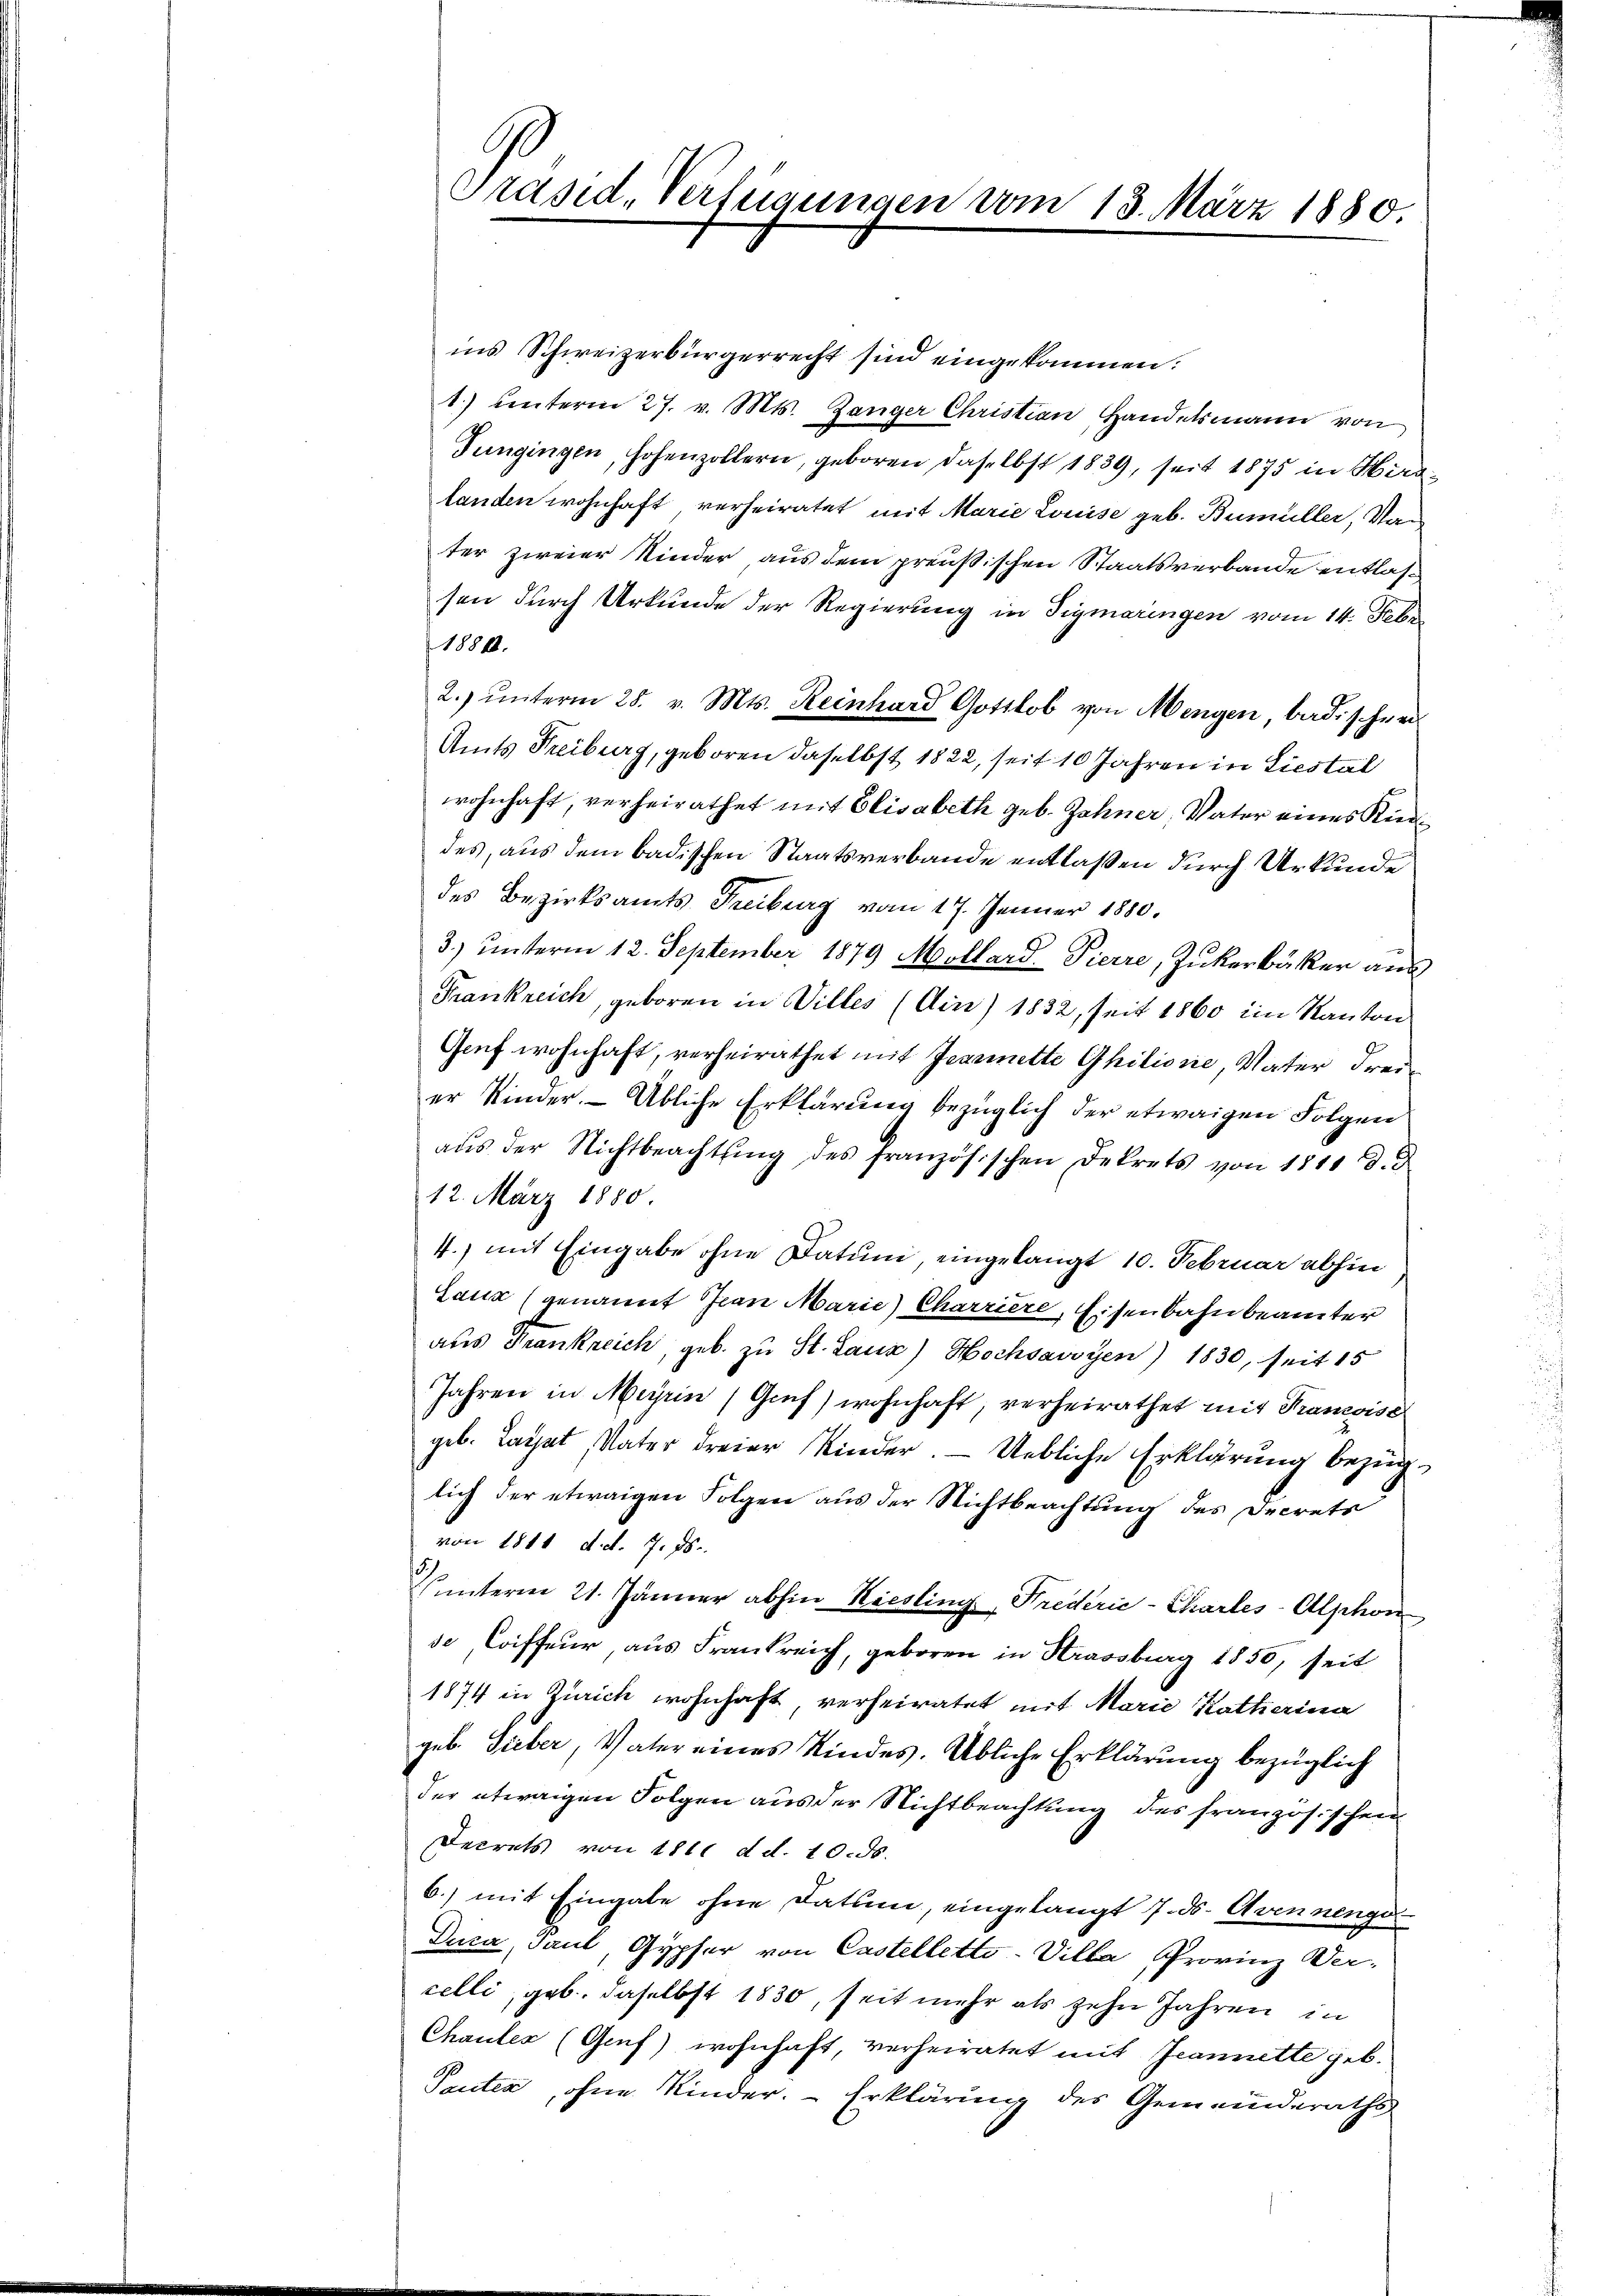
s
Präsid. Verfügungen vom 13. März 1880.

ins Schweizerbürgerrecht sind eingekommen.
1) unterm 27. v. Mts. Zanger Christian Handelsmann von
Jungingen, hohenzollern, geboren daselbst 1839, seit 1875 in Hirslanden wohnhaft verheiratet mit Marie Louise geb. Bumüller, Van
ter zweier Kinder aus dem preußischen Staatsverbande entlassen durch Urkunde der Regierung in Sigmaringen vom 14. Febr.
1888.
2. ŭnterm 28. v. Mts. Reinhard Gottlob von Mengen badischer
Amts Freiburg, geboren daselbst 1822, seit 10 Jahren in Liestal
wohnhaft, verheirathet mit Elisabeth geb. Zahner, Vater eines Kinddes, aus dem badischen Staatsverbande entlaßen durch Urkunde
des Bezirksamts Freiberg vom 17. Jenner 1880.
3) unterm 12. September 1879 Mollard-Pierre, Zukerbäcker aus
Frankreich, geboren in Villes (Ain) 1832, seit 1860 im Kanton
Genf wohnhaft, verheirathet mit Jesumette Ghilisire, Vater Freier Kinder. Übliche Erklärung bezüglich der etwaigen Folgen
aŭs der Nichtbeachtŭng des französischen Dekrets von 1811 d. d.
12. März 1880.
4.) mit Eingabe ohne Datum eingelangt 10. Februar abhin
Laux (genannt Jean Marie Charriere, Eisenbahnbeamter
aus Frankreich, geb. zu St. Lanz) Hochsavoyen) 1830, seit 15
Jahren in Meyrin (Gref) wohnhaft, verheirathet mit Krancoisc
geb. Laiat, Vater dreier Kinder.  Uebliche Erklärung bezüglich der etwaigen Folgen aus der Nichtbeachtung des Decrets
von 1811 d. d. 7. ds.
unterm 21. Jänner abhin Rieslini, Prederie-Charles-Alphon
se Coiffeur, aus Frankreich, geboren in Strassburg 1850, seit
1874 in Zürich wohnhaft verheiratet mit Marie Katharina
geb. Sieber, Vater eines Kindes. Übliche Erklärung bezüglich
der etwaigen Folgen aus der Nichtbeachtung des französischen
Decrets von 1811 d. d. 10. ds.
6.) mit Eingabe ohne Datum, eingelangt 7. ds. Avennenge
Duca, Paul, Gypfer von Castelletto-Villa Provinz Wer-
celli, geb. daselbst 1830, seit mehr als zehn Jahren in
Chauler (Genf) wohnhaft verheiratet mit Jeannette geb.
Peuten, ohne Kinder. Erklärung des Gemeinderaths